Civil Veterinary Department Bihar & Orissa reports 1929-36 - 1929-1936
Year: 1929
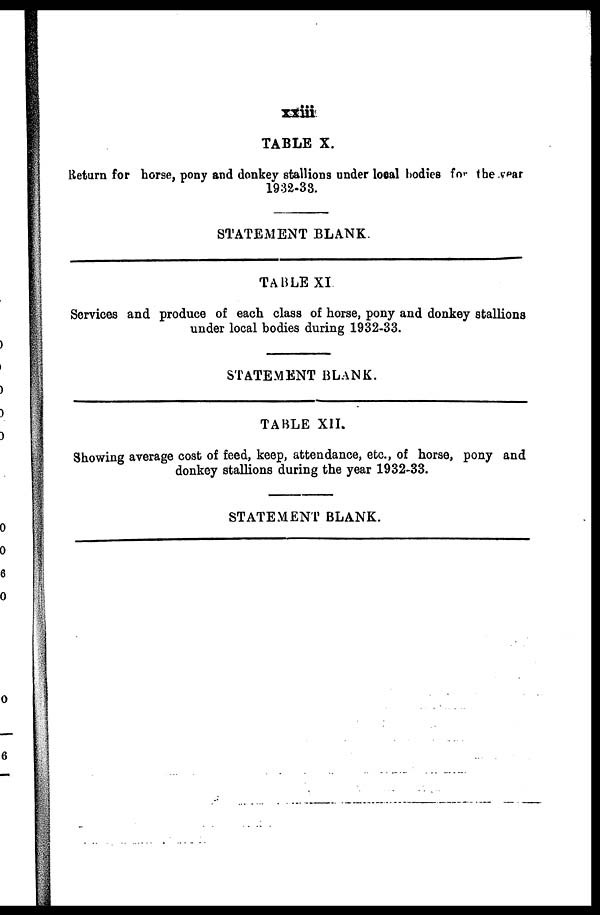
xxiii
TABLE X.
Return for horse, pony and donkey stallions under local bodies for the year
1932-33.
STATEMENT BLANK.
TABLE XI
Services and produce of each class of horse, pony and donkey stallions
under local bodies during 1932-33.
STATEMENT BLANK.
TABLE XII.
Showing average cost of feed, keep, attendance, etc., of horse, pony and
donkey stallions during the year 1932-33.
STATEMENT BLANK.